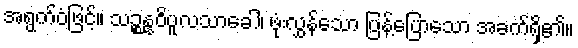
အရွက်ဝံဖြင့်။ သဉ္စန္နဝိပူလသာခေါ၊ ဖုံးလွှန်သော ပြန့်ပြောသော အခက်ရှိ၏။